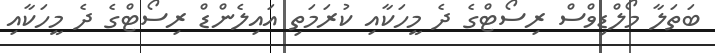
ބަތަލާ މޯލްޑިވްސް ރިސޯޓްގެ ދެ މީހަކާއި ކުރަމަތި އައިލެންޑް ރިސޯޓްގެ ދެ މީހަކާއި